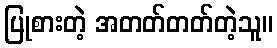
ပြုစားတဲ့ အတတ်တတ်တဲ့သူ။